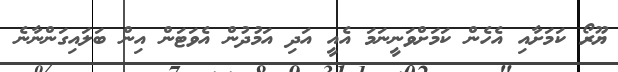
ޔޫރޯ ކަމަށާއި އެހެން ކަމަށްވަނީނަމަ އެއީ އަދި އަމުދުން އެވަޓަން އިން ބަލައިގަންނާނެ